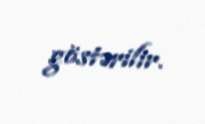
göstərilir.